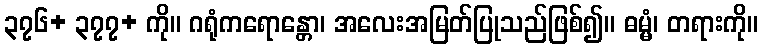
၃၇၆+ ၃၇၇+ ကို။ ဂရုံကရောန္တော၊ အလေးအမြတ်ပြုသည်ဖြစ်၍။ ဓမ္မံ၊ တရားကို။